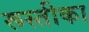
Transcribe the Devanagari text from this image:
रूस्तीका